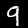
Digit: 9